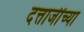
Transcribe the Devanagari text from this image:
दत्ताजींच्या